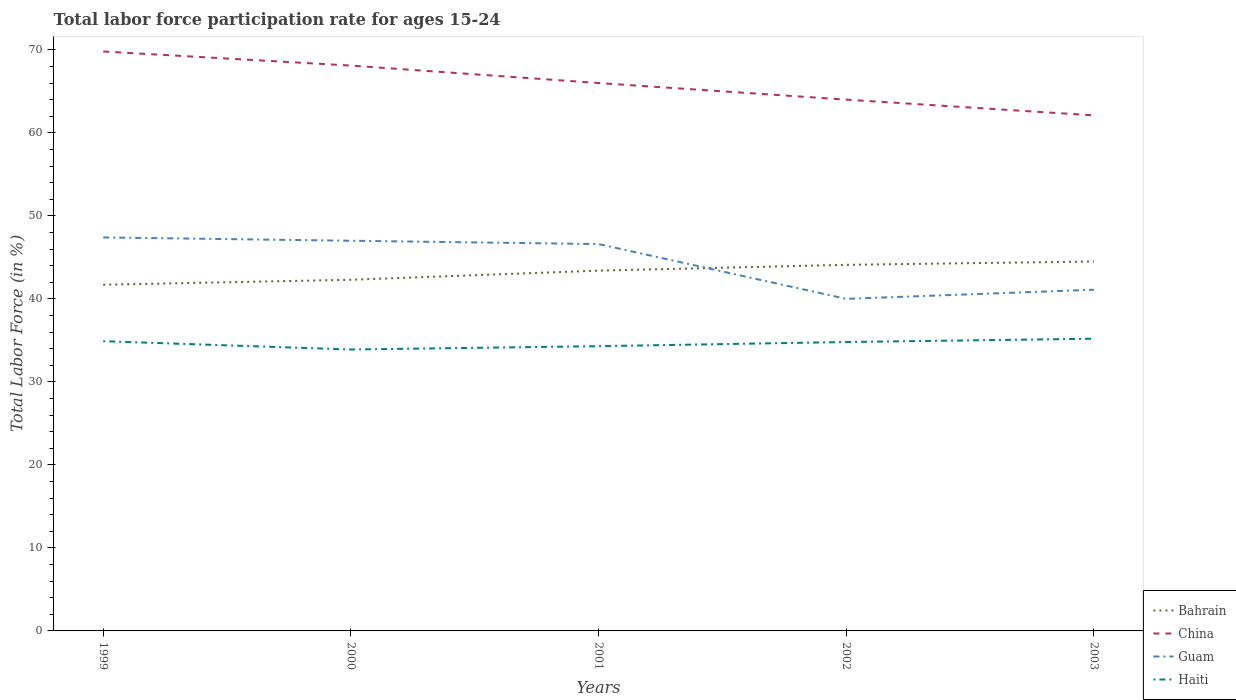
| Years | Bahrain | China | Guam | Haiti |
 | --- | --- | --- | --- | --- |
 | 1999 | 41.7 | 69.8 | 47.4 | 34.9 |
 | 2000 | 42.3 | 68.1 | 47 | 33.9 |
 | 2001 | 43.4 | 66 | 46.6 | 34.3 |
 | 2002 | 44.1 | 64 | 40 | 34.8 |
 | 2003 | 44.5 | 62.1 | 41.1 | 35.2 |